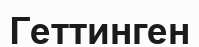
Геттинген